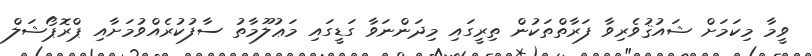
ވީމާ މިކަމަށް ޝައުޤުވެރިވާ ފަރާތްތަކުން ތިރީގައި މިދަންނަވާ ގަޑީގައި މަޢުލޫމާތު ސާފުކުރެއްވުމަށާއި ޕްރޮޕޯޝަލް